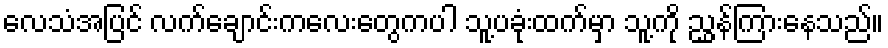
လေသံအပြင် လက်ချောင်းကလေးတွေကပါ သူ့ပခုံးထက်မှာ သူ့ကို ညွှန်ကြားနေသည်။